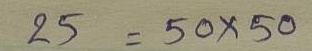
25 = 50x50